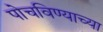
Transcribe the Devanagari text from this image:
पोचविण्याच्या